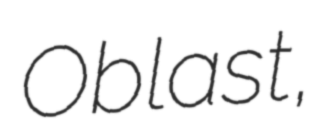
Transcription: Oblast,